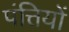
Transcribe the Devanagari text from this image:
पंत्तियों